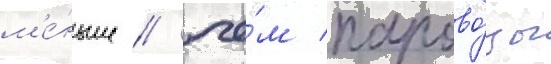
м'е́ньше / че́м парово́зы